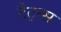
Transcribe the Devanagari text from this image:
टैट्न्स